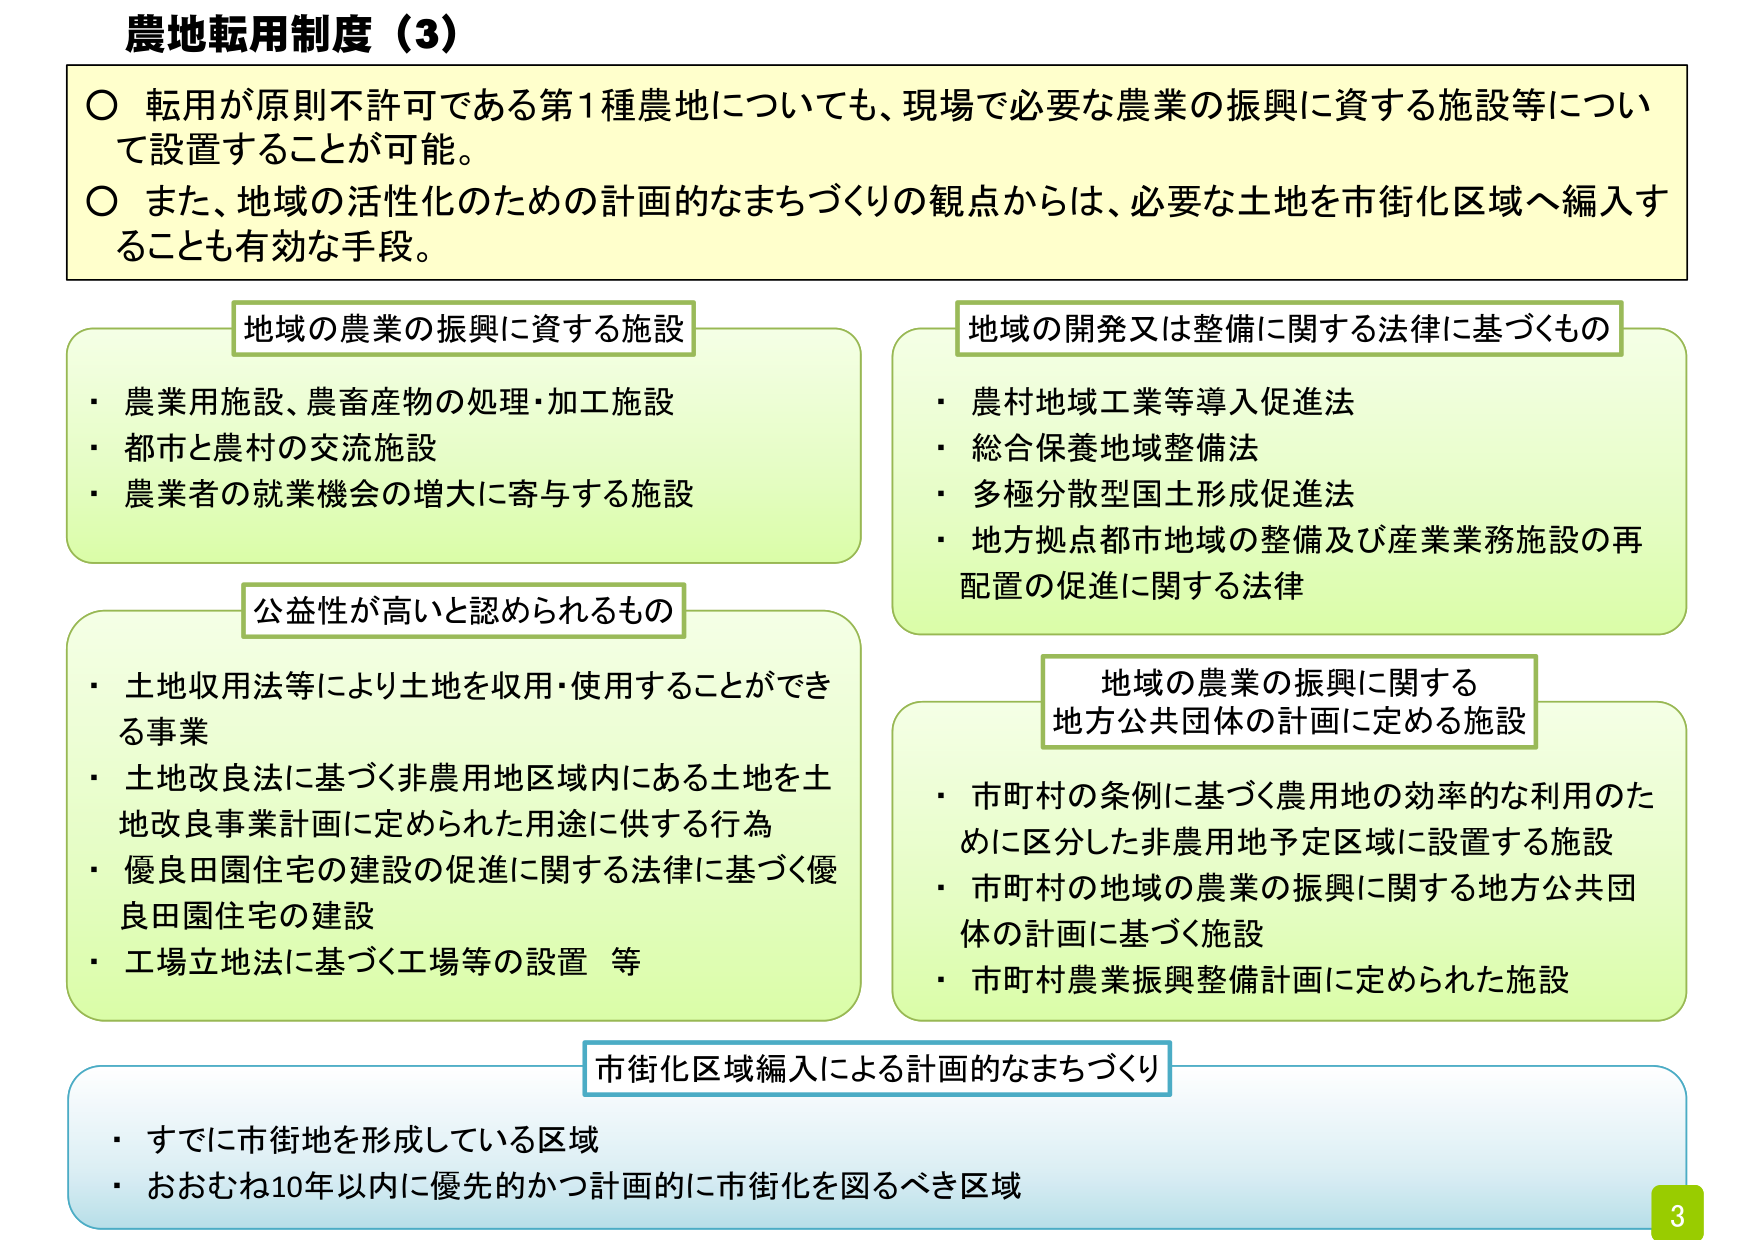
農地転用制度（3）

○ 転用が原則不許可である第1種農地についても、現場で必要な農業の振興に資する施設等について設置することが可能。
○ また、地域の活性化のための計画的なまちづくりの観点からは、必要な土地を市街化区域へ編入することも有効な手段。

地域の農業の振興に資する施設
・ 農業用施設、農畜産物の処理・加工施設
・ 都市と農村の交流施設
・ 農業者の就業機会の増大に寄与する施設

地域の開発又は整備に関する法律に基づくもの
・ 農村地域工業等導入促進法
・ 総合保養地域整備法
・ 多極分散型国土形成促進法
・ 地方拠点都市地域の整備及び産業業務施設の再配置の促進に関する法律

公益性が高いと認められるもの
・ 土地収用法等により土地を収用・使用することができる事業
・ 土地改良法に基づく非農用地区域内にある土地を土地改良事業計画に定められた用途に供する行為
・ 優良田園住宅の建設の促進に関する法律に基づく優良田園住宅の建設
・ 工場立地法に基づく工場等の設置 等

地域の農業の振興に関する地方公共団体の計画に定める施設
・ 市町村の条例に基づく農用地の効率的な利用のために区分した非農用地予定区域に設置する施設
・ 市町村の地域の農業の振興に関する地方公共団体の計画に基づく施設
・ 市町村農業振興整備計画に定められた施設

市街化区域編入による計画的なまちづくり
・ すでに市街地を形成している区域
・ おおむね10年以内に優先的かつ計画的に市街化を図るべき区域

3